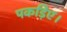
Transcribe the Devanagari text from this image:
पकड़िए।